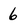
Character: 6